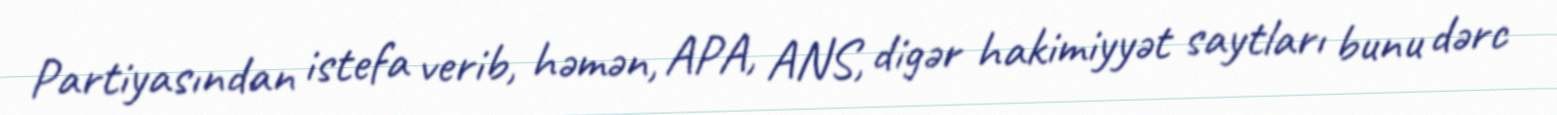
Partiyasından istefa verib, həmən, APA, ANS, digər hakimiyyət saytları bunu dərc